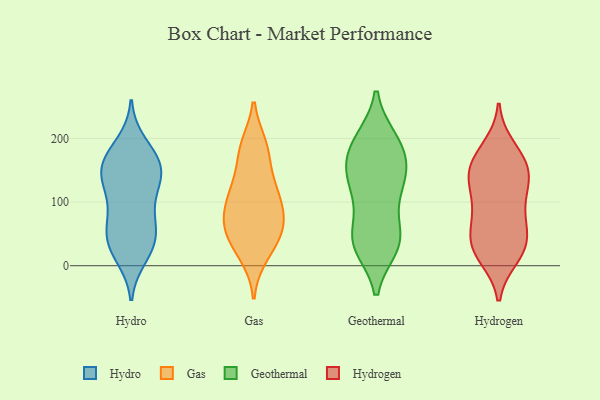
{"axis": {"x": "Demand Index", "y": "Value"}, "legend": ["Gas", "Geothermal", "Hydro", "Hydrogen"], "data": [{"x": "", "y": 33, "type": "Hydro"}, {"x": "", "y": 169, "type": "Hydro"}, {"x": "", "y": 155, "type": "Hydro"}, {"x": "", "y": 34, "type": "Hydro"}, {"x": "", "y": 145, "type": "Hydro"}, {"x": "", "y": 167, "type": "Hydro"}, {"x": "", "y": 71, "type": "Hydro"}, {"x": "", "y": 15, "type": "Hydro"}, {"x": "", "y": 50, "type": "Hydro"}, {"x": "", "y": 145, "type": "Hydro"}, {"x": "", "y": 167, "type": "Hydro"}, {"x": "", "y": 26, "type": "Hydro"}, {"x": "", "y": 117, "type": "Hydro"}, {"x": "", "y": 126, "type": "Hydro"}, {"x": "", "y": 191, "type": "Hydro"}, {"x": "", "y": 76, "type": "Hydro"}, {"x": "", "y": 126, "type": "Hydro"}, {"x": "", "y": 66, "type": "Hydro"}, {"x": "", "y": 178, "type": "Gas"}, {"x": "", "y": 67, "type": "Gas"}, {"x": "", "y": 186, "type": "Gas"}, {"x": "", "y": 26, "type": "Gas"}, {"x": "", "y": 55, "type": "Gas"}, {"x": "", "y": 135, "type": "Gas"}, {"x": "", "y": 188, "type": "Gas"}, {"x": "", "y": 109, "type": "Gas"}, {"x": "", "y": 49, "type": "Gas"}, {"x": "", "y": 106, "type": "Gas"}, {"x": "", "y": 17, "type": "Gas"}, {"x": "", "y": 70, "type": "Gas"}, {"x": "", "y": 93, "type": "Gas"}, {"x": "", "y": 60, "type": "Gas"}, {"x": "", "y": 120, "type": "Gas"}, {"x": "", "y": 186, "type": "Geothermal"}, {"x": "", "y": 151, "type": "Geothermal"}, {"x": "", "y": 43, "type": "Geothermal"}, {"x": "", "y": 47, "type": "Geothermal"}, {"x": "", "y": 192, "type": "Geothermal"}, {"x": "", "y": 125, "type": "Geothermal"}, {"x": "", "y": 108, "type": "Geothermal"}, {"x": "", "y": 36, "type": "Geothermal"}, {"x": "", "y": 32, "type": "Geothermal"}, {"x": "", "y": 31, "type": "Geothermal"}, {"x": "", "y": 142, "type": "Geothermal"}, {"x": "", "y": 159, "type": "Geothermal"}, {"x": "", "y": 197, "type": "Geothermal"}, {"x": "", "y": 197, "type": "Geothermal"}, {"x": "", "y": 45, "type": "Geothermal"}, {"x": "", "y": 112, "type": "Geothermal"}, {"x": "", "y": 153, "type": "Geothermal"}, {"x": "", "y": 83, "type": "Hydrogen"}, {"x": "", "y": 170, "type": "Hydrogen"}, {"x": "", "y": 151, "type": "Hydrogen"}, {"x": "", "y": 84, "type": "Hydrogen"}, {"x": "", "y": 172, "type": "Hydrogen"}, {"x": "", "y": 126, "type": "Hydrogen"}, {"x": "", "y": 31, "type": "Hydrogen"}, {"x": "", "y": 133, "type": "Hydrogen"}, {"x": "", "y": 36, "type": "Hydrogen"}, {"x": "", "y": 85, "type": "Hydrogen"}, {"x": "", "y": 186, "type": "Hydrogen"}, {"x": "", "y": 57, "type": "Hydrogen"}, {"x": "", "y": 137, "type": "Hydrogen"}, {"x": "", "y": 154, "type": "Hydrogen"}, {"x": "", "y": 44, "type": "Hydrogen"}, {"x": "", "y": 14, "type": "Hydrogen"}, {"x": "", "y": 16, "type": "Hydrogen"}, {"x": "", "y": 128, "type": "Hydrogen"}, {"x": "", "y": 27, "type": "Hydrogen"}]}